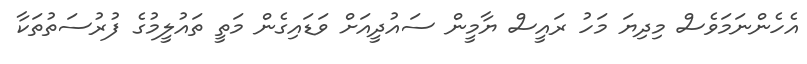
އެހެންނަމަވެސް މިދިޔަ މަހު ރައީސް ޔާމީން ސައުދީއަށް ވަޑައިގެން މަތީ ތައުލީމުގެ ފުރުސަތުތަކާ